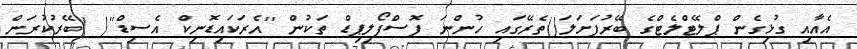
އެއާއި ގުޅިގެން ޕްލޭޓްލެޓްގެ ބޭރުފަށަލަ()ތެރޭގައި ހުންނަ ފޮސްފޯލިޕިޑް ތަކުން ''އެރަކައިޑޮނިކް އެސިޑް''( )ބޭރުކުރަން